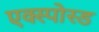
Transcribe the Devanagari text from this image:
एक्स्पोस्ड